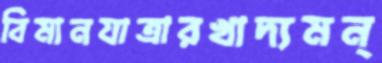
বিমানযাত্রারখাদ্যমন্